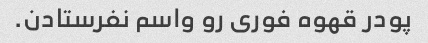
پودر قهوه فورى رو واسم نفرستادن.